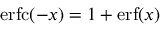
\mathrm { e r f c } ( - x ) = 1 + \mathrm { e r f } ( x )